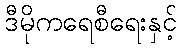
ဒီမိုကရေစီရေးနှင့်